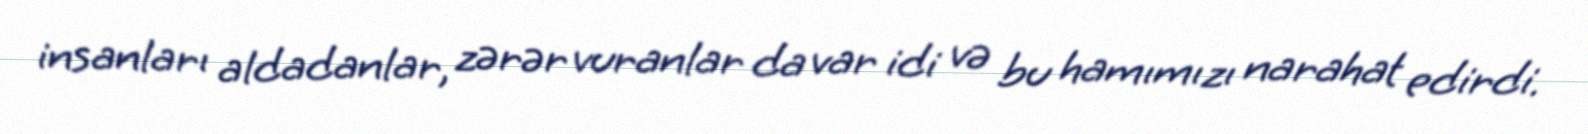
insanları aldadanlar, zərər vuranlar da var idi və bu hamımızı narahat edirdi.